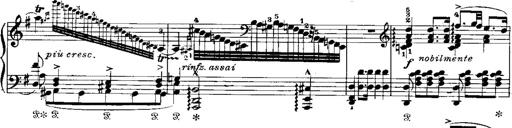
Title: RÃ©miniscences de Norma de Bellini
Composer: Franz Liszt